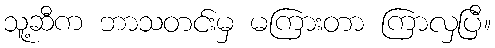
သူ့ဆီက ဘာသတင်းမှ မကြားတာ ကြာလှပြီ။